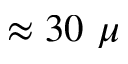
\approx 3 0 ~ \mu